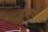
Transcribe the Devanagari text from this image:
ई्सप